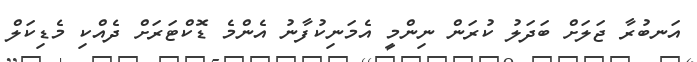
އަނބުރާ ޖަލަށް ބަދަލު ކުރަން ނިންމީ އެމަނިކުފާނު އެންމެ ޑޮކްޓަރަށް ދެއްކި މެޑިކަލް